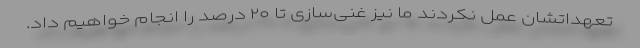
تعهداتشان عمل نکردند ما نیز غنی‌سازی تا ۲۰ درصد را انجام خواهیم داد.